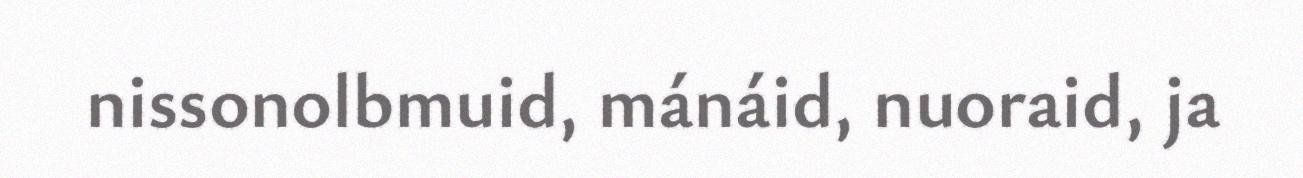
nissonolbmuid, mánáid, nuoraid, ja